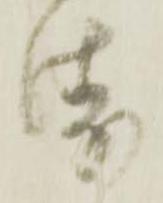
衛